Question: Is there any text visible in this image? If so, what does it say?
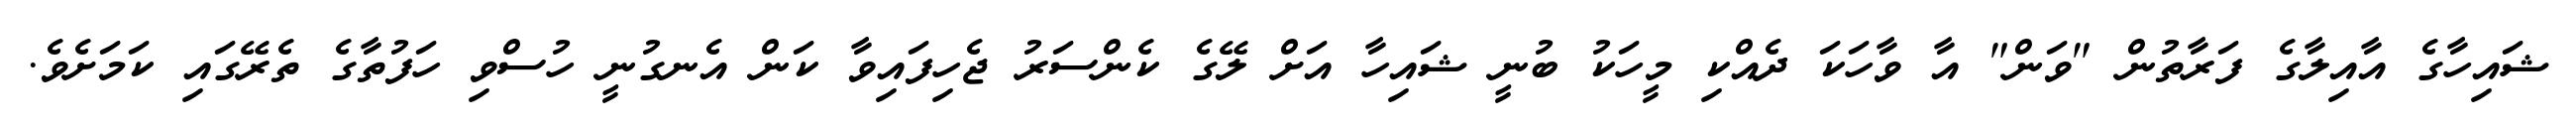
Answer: ޝައިހާގެ އާއިލާގެ ފަރާތުން "ވަން" އާ ވާހަކަ ދެއްކި މީހަކު ބުނީ ޝައިހާ އަށް ލޭގެ ކެންސަރު ޖެހިފައިވާ ކަން އެނގުނީ ހުސްވި ހަފުތާގެ ތެރޭގައި ކަމަށެވެ.